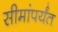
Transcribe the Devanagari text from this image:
सीमांपर्यंत